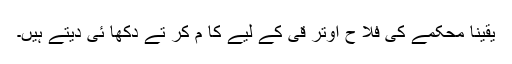
یقینا محکمے کی فلا ح اوتر قی کے لیے کا م کر تے دکھا ئی دیتے ہیں۔